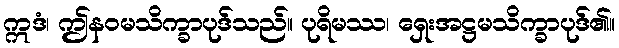
ဣဒံ၊ ဤနဝမသိက္ခာပုဒ်သည်။ ပုရိမဿ၊ ရှေးအဋ္ဌမသိက္ခာပုဒ်၏။